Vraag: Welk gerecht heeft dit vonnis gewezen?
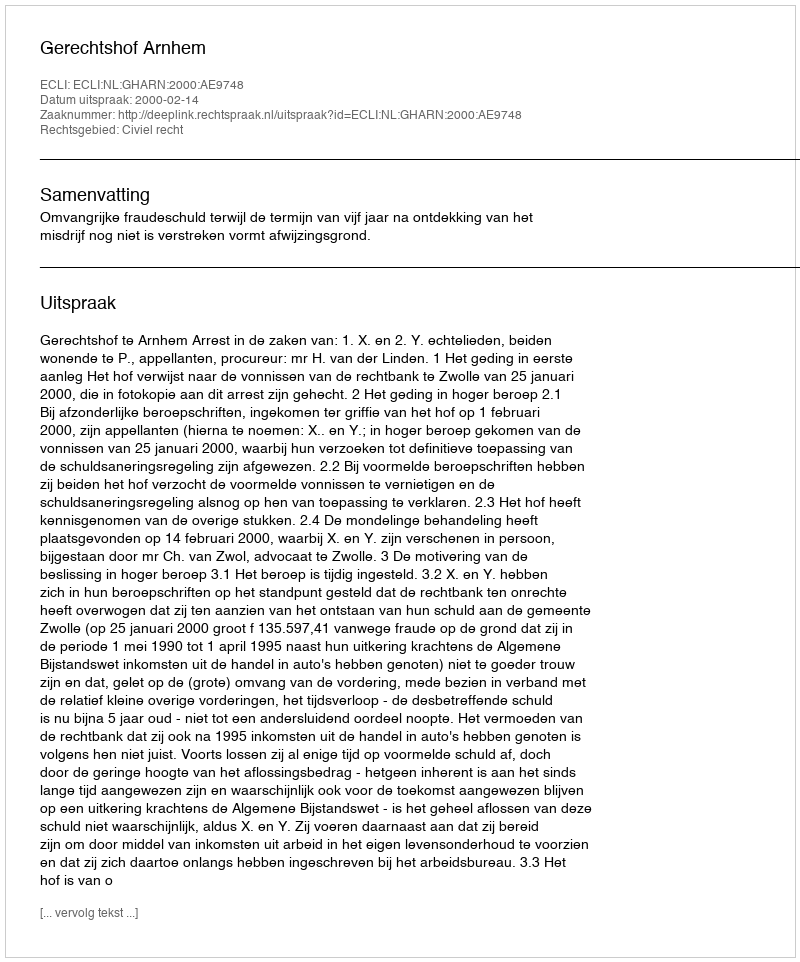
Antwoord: Gerechtshof Arnhem